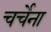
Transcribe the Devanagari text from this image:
चर्चेना